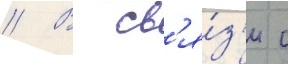
// В св'я́з'и с